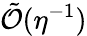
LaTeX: \tilde{\mathcal{O}}(\eta^{-1})